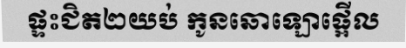
ផ្ទះជិត២យប់ កូនឆោឡោផ្អើល